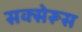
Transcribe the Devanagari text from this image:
सक्सेरूस